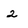
Character: 2